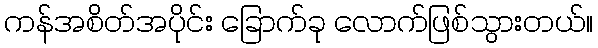
ကန်အစိတ်အပိုင်း ခြောက်ခု လောက်ဖြစ်သွားတယ်။